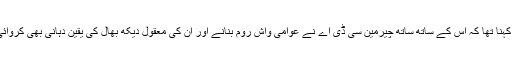
ان کا کہنا تھا کہ اس کے ساتھ ساتھ چیرمین سی ڈی اے نے عوامی واش روم بنانے اور ان کی معقول دیکھ بھال کی یقین دہانی بھی کروائی ہے۔